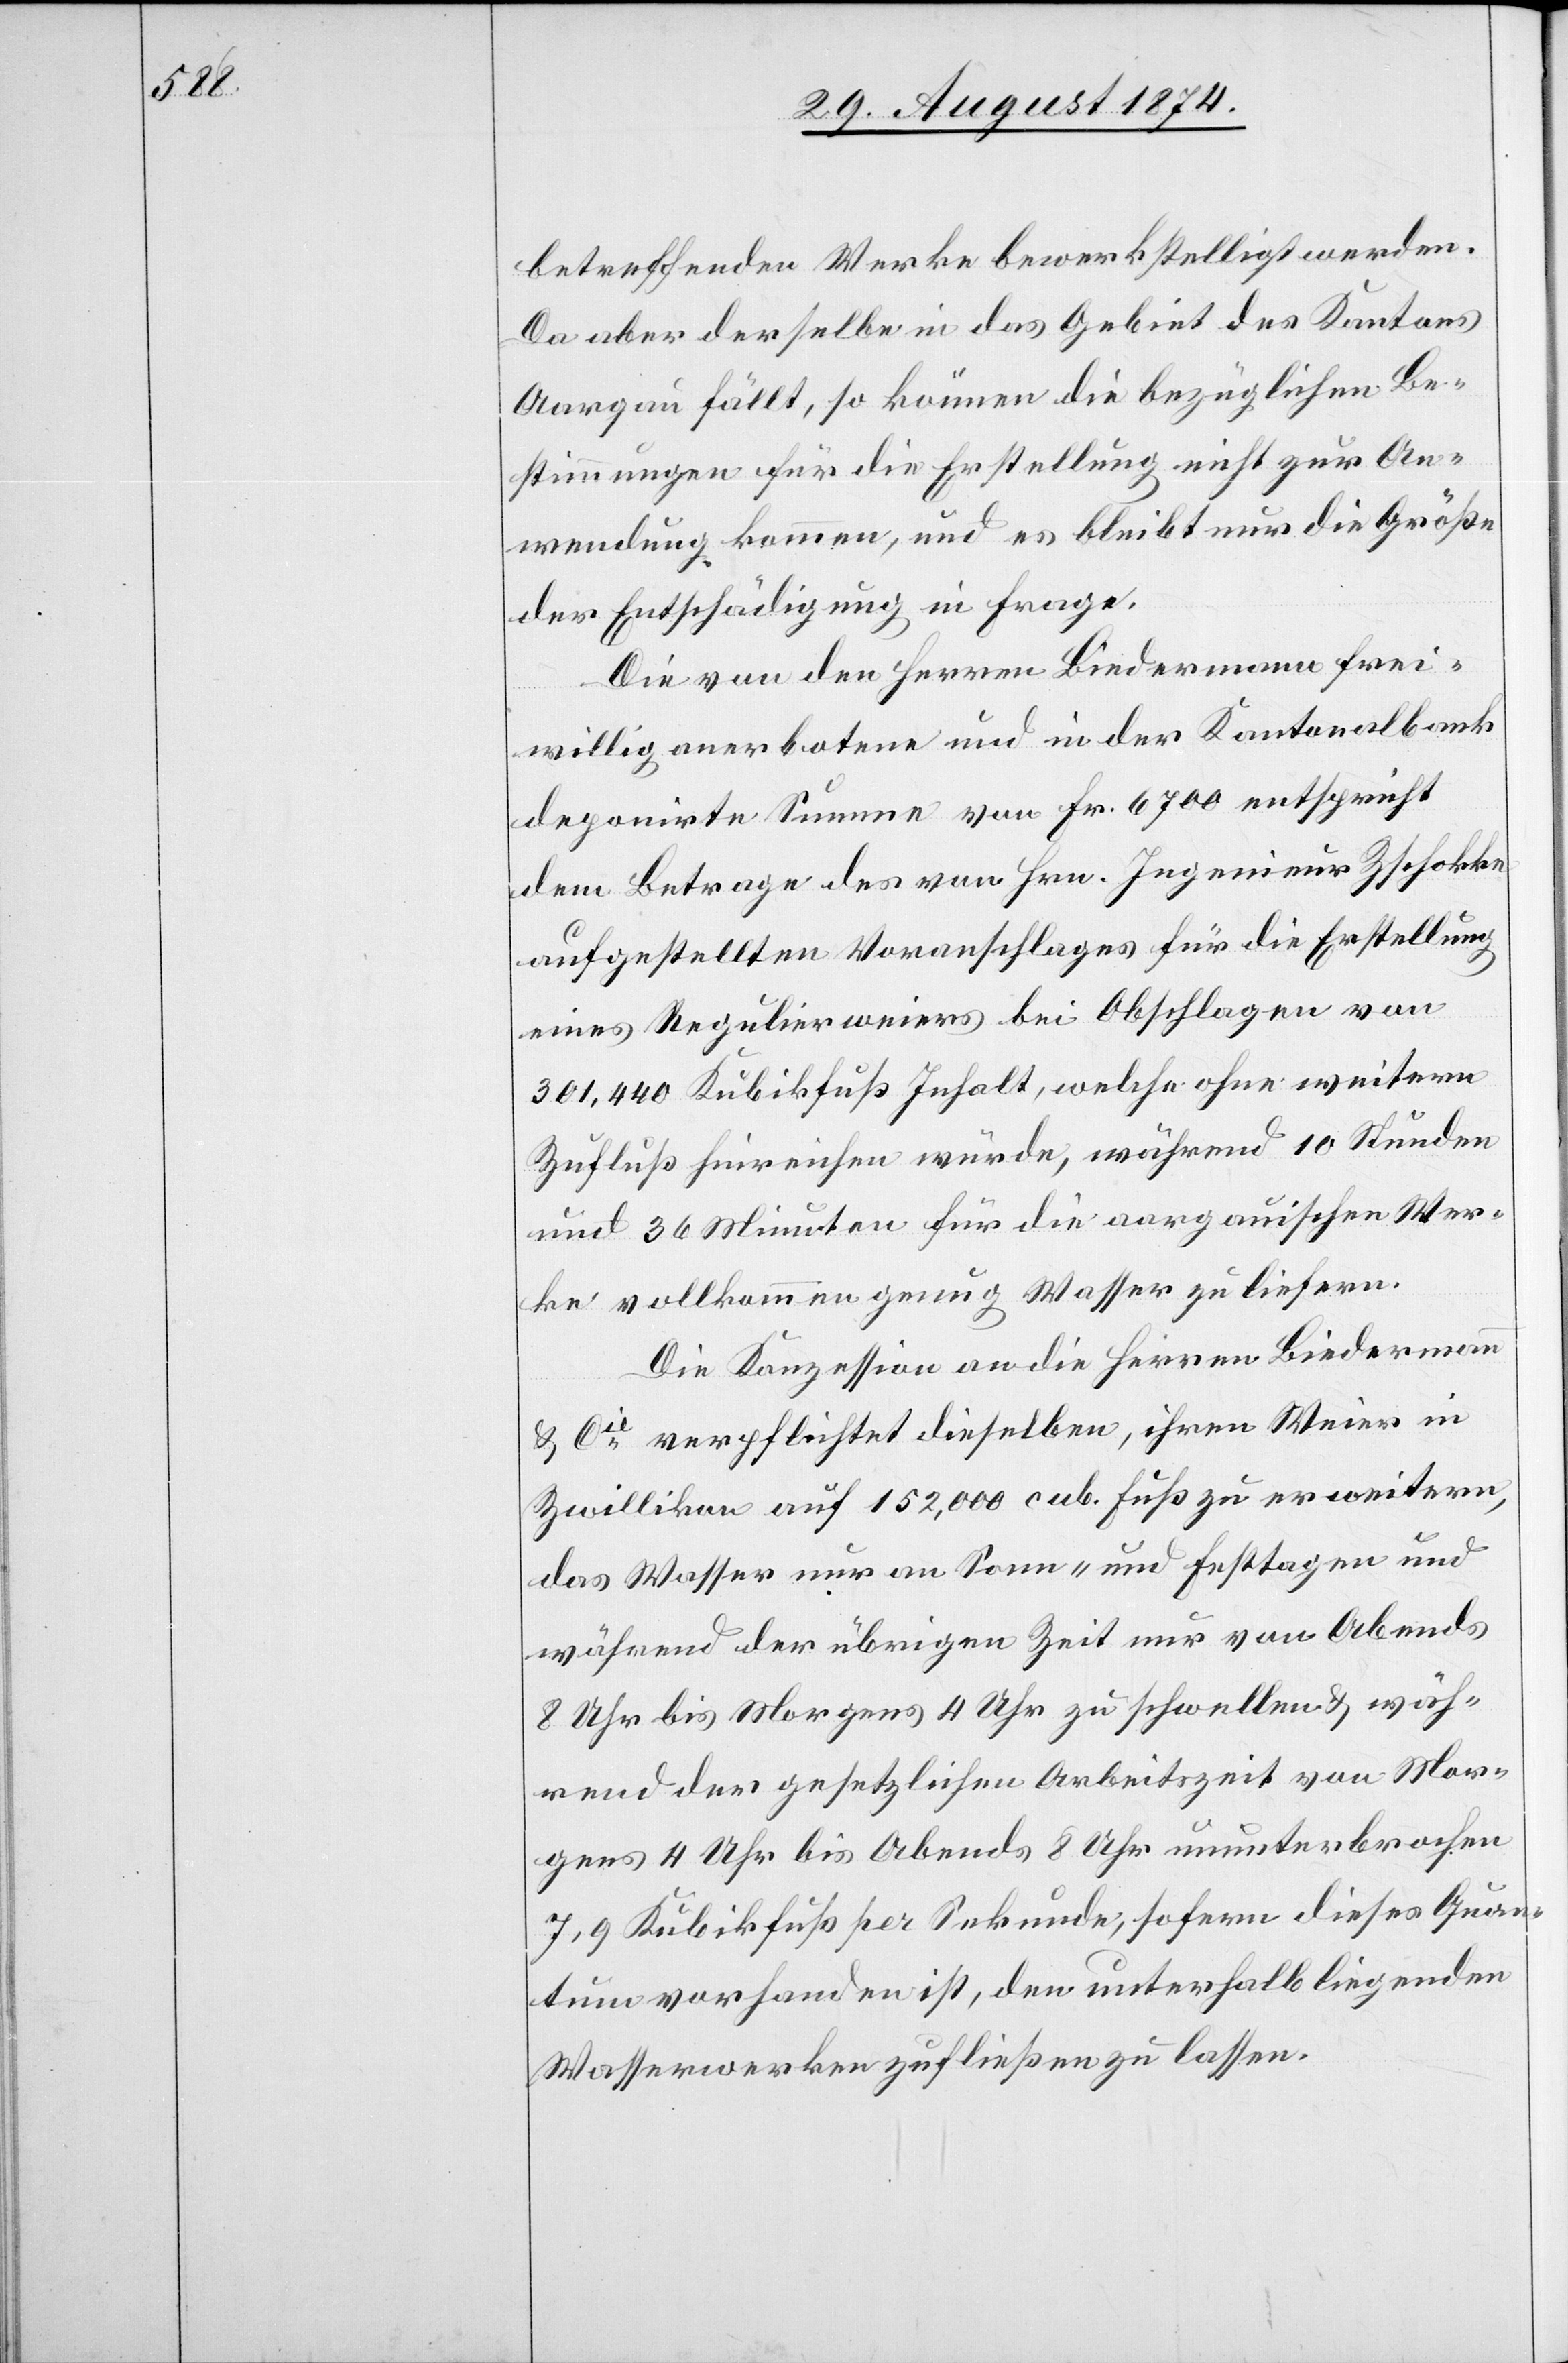
betreffenden Werke bewerkstelligt werden.
Da aber derselbe in das Gebiet des Kantons
Aargau fällt, so können die bezüglichen Be¬
stimmungen für die Erstellung nicht zur An¬
wendung kommen, und es bleibt nur die Größe
der Entschädigung in Frage.
Die von den Herren Biedermann frei¬
willig anerbotene und in der Kantonalbank
deponirte Summe von Fr. 6700 entspricht
dem Betrage des von Hrn. Ingenieur Zschokke
aufgestellten Voranschlages für die Erstellung
eines Regulierweiers bei Abschlagen von
301,440 Kubikfuß Inhalt, welche ohne weitern
Zufluß hinreichen würde, während 10 Stunden
und 36 Minuten für die aargauischen Wer¬
ke vollkommen genug Wasser zuliefern.
Die Konzession an die Herren Biedermann
u. Cie verpflichtet dieselben, ihren Weier in
Zwillikon auf 152,000 cub. Fuß zu erweitern,
das Wasser nur an Sonn- und Festtagen und
während der übrigen Zeit nur von Abends
8 Uhr bis Morgens 4 Uhr zu schwellen u. wäh¬
rend der gesetzlichen Arbeitszeit von Mor¬
gens 4 Uhr bis Abends 8 Uhr ununterbrochen
7,9 Kubikfuß per Sekunde, sofern dieses Quan¬
tum vorhanden ist, den unterhalb liegenden
Wasserwerken zufließen zu lassen.